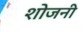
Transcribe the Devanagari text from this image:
शोजनी